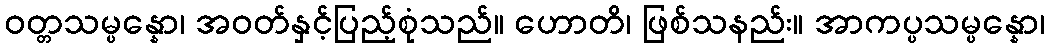
ဝတ္တသမ္ပန္နော၊ အဝတ်နှင့်ပြည့်စုံသည်။ ဟောတိ၊ ဖြစ်သနည်း။ အာကပ္ပသမ္ပန္နော၊